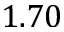
1 . 7 0